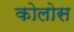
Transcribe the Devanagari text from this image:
कोलोस